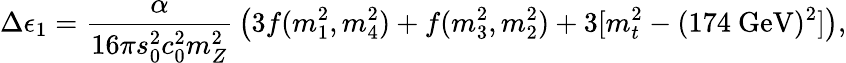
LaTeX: \Delta\epsilon_{1}={\frac{\alpha}{16\pi s_{0}^{2}c_{0}^{2}m_{Z}^{2}}}\left(3f(m_{1}^{2},m_{4}^{2})+f(m_{3}^{2},m_{2}^{2})+3[m_{t}^{2}-(174~\mathrm{GeV})^{2}]\right),